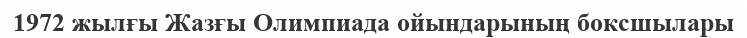
1972 жылғы Жазғы Олимпиада ойындарының боксшылары